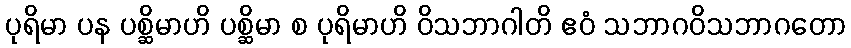
ပုရိမာ ပန ပစ္ဆိမာဟိ ပစ္ဆိမာ စ ပုရိမာဟိ ဝိသဘာဂါတိ ဧဝံ သဘာဂဝိသဘာဂတော